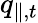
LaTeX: q_{\parallel,t}